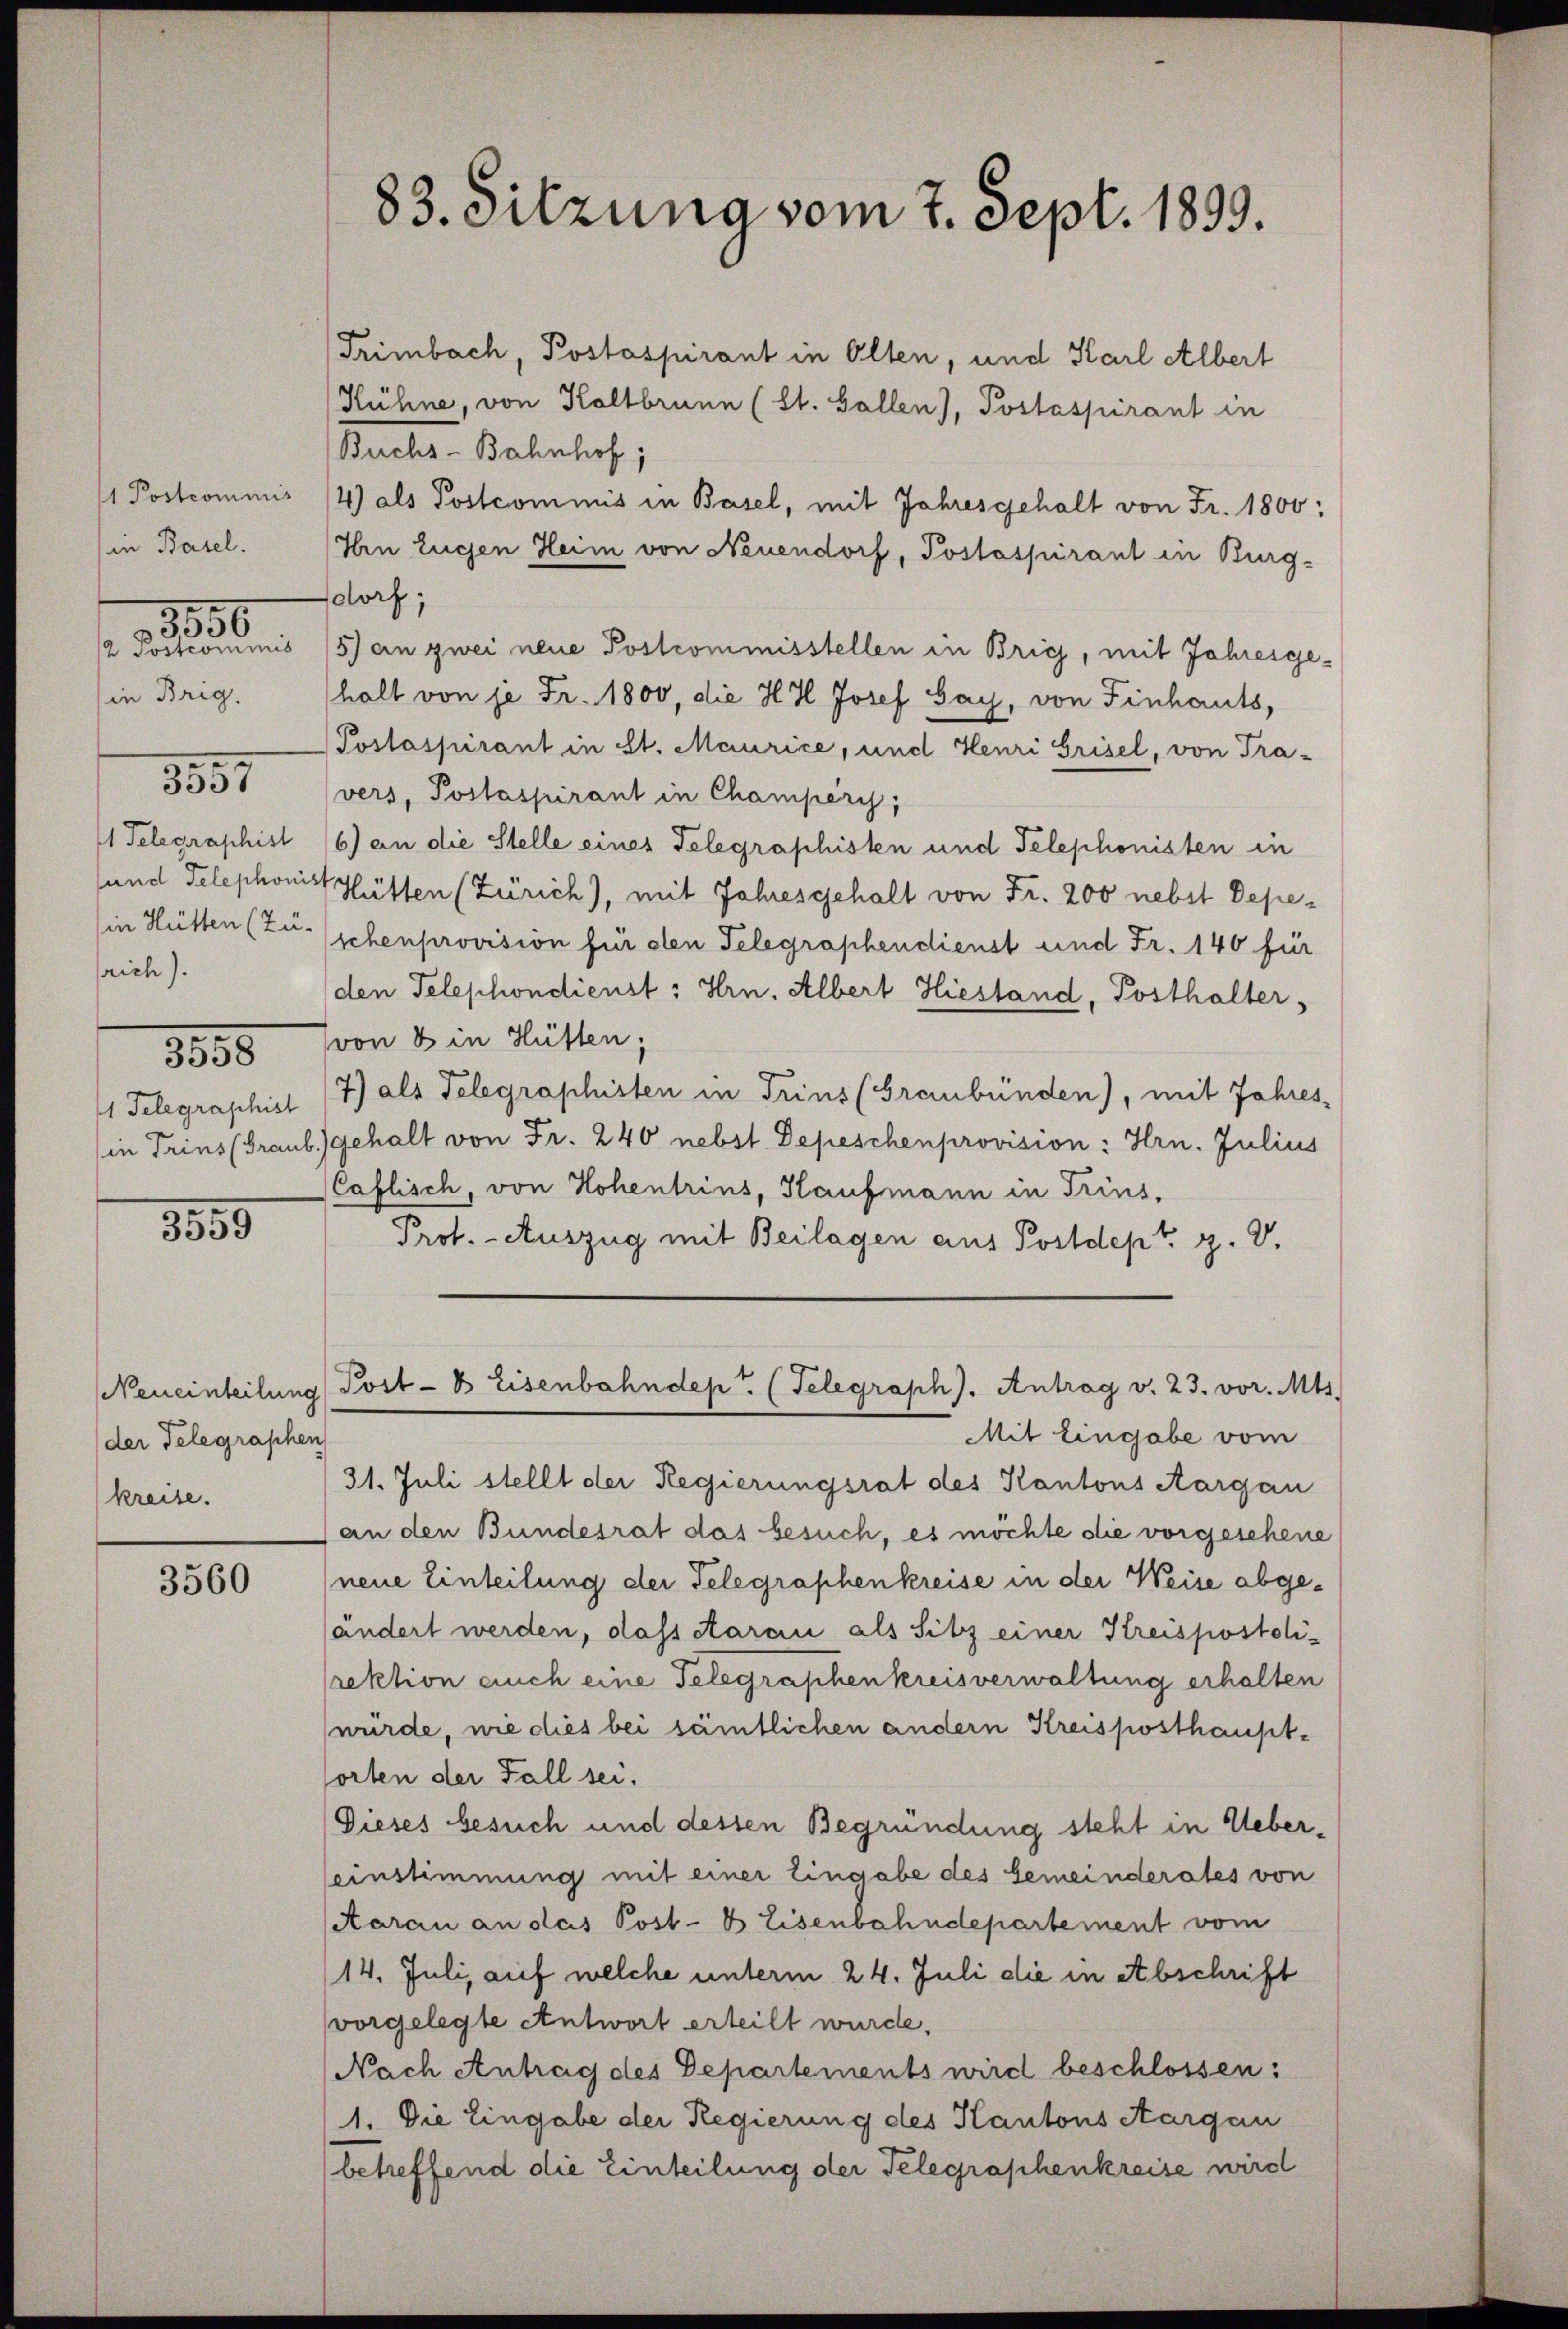
in Basel.
in Brig.
srich).
1855

1856

3557

3355

Trimbach, Postaspirant in Alten, und Karl Albert
Hühne, von Holtbrunn (St. Gallen), Postaspirant in
Buchs-Bahnhof,
1 Postcommis 14) als Postcommis in Basel, mit Jahresgehalt von Fr. 1800;
Iin Eugen Heim von Neuendorf, Postaspirant in Burg-
dorf;
2 Postcommnis 15) ein zwei neue Postrommisstellen in Brig, mit Jahresgehalt von je Fr. 1800, die H. Il Josef Say, von Finhauts,
Poslaspirant in St. Maurice, und Henri Brisel, von Tra-
vers, Postaspirant in Champery,
1 Telegraphist (6) an die Stelle eines Telegraphisten und Telephonisten in
sund Telephonist Hütten (Zürich), mit Jahresgehalt von Fr. 200 nebst Depein Hütten (Zu schenprovision für den Telegraphendienst und Fr. 140 für
(den Telephondienst: Hrn. Albert Hiestand, Posthalter,
Ivon 8 in Hütten;
1 Telegraphisl (7) als Telegraphisten in Trins (Graubünden), mit Jahres
in Trins (Graub gehalt von Fr. 240 nebst Depeschenprovision: Hrn. Julius
Caflisch, von Hohentrins, Kaufmann in Trins,
Prof. - Auszug mit Beilagen aus Postdept. H. V.
Post- & Eisenbahndep. (Telegraph). Antrag v. 23. vor. Mts.
Mit Eingabe vom
31. Juli stellt der Regierungsrat des Kantons Aargau
(an den Bundesrat das besuch, es möchte die vorgesehene
neue Einteilung der Telegraphenkreise in der Weise abgehändert werden, dass darau als Sitz einer Kreispostolirektion auch eine Telegraphen kreisverwaltung erhalten
würde, wie dies bei sämtlichen andern Kreisposthauptsorten der Fall sei.
Dieses besuch und dessen Begründung steht in Ueberseinstimmung mit einer Eingabe des Gemeinderates von
(Aarau an das Post- & Eisenbahndepartement vom
14. Juli, auf welche unterm 24. Juli die in Abschrift
vorgelegte Antwort erteilt wurde.
Nach Antrag des Departements wird beschlossen:
1. Die Eingabe der Regierung des Kantons Aargau
(betreffend die Einteilung der Telegraphenkreise wird

Neueinteilung
der Telegraphen
kreise.

3560

83. Sitzung vom 7. Sept. 1899.